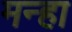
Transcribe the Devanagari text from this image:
मन्हा